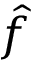
\hat { f }